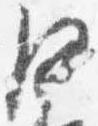
沙